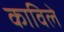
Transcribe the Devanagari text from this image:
काविले